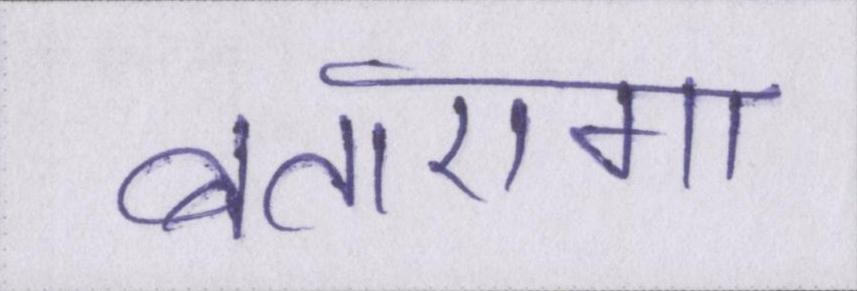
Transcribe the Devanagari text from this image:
बताएगा